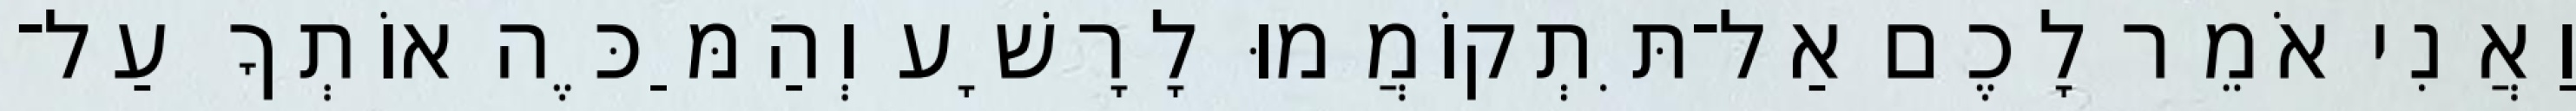
וַאֲנִי אֹמֵר לָכֶם אַל־תִּתְקוֹמֲמוּ לָרָשָׁע וְהַמַּכֶּה אוֹתְךָ עַל־